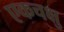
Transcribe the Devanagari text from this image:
एकचक्षु